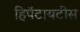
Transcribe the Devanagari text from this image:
हिपॅटायटीस